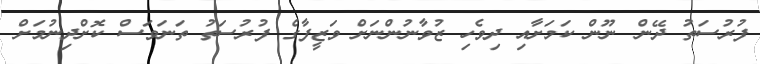
ފުރުސަތު ދޭން ނޫން ކަމަށާއި ދިވެހި ޒުވާނުންނަށް ވަޒީފާގެ ފުރުސަތު ތަނަވަސް ކޮށްދިނުމަށް